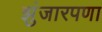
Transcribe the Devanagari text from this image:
झुंजारपणा